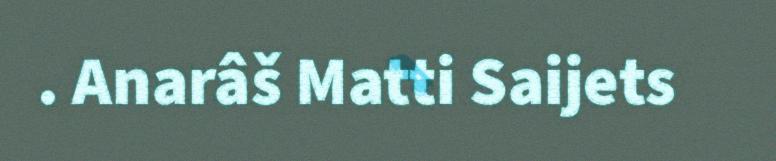
. Anarâš Matti Saijets